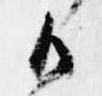
御